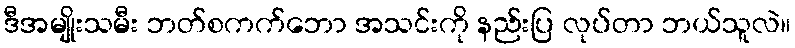
ဒီအမျိုးသမီး ဘတ်စကက်ဘော အသင်းကို နည်းပြ လုပ်တာ ဘယ်သူလဲ။